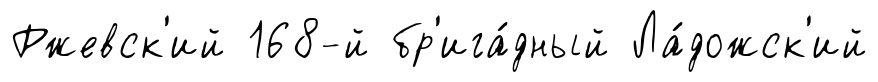
Ржевск'ий 168-й бр'ига́дный Ла́дожск'ий